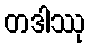
တဒါဿု